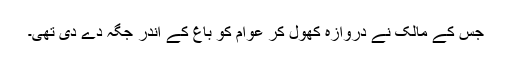
جس کے مالک نے دروازہ کھول کر عوام کو باغ کے اندر جگہ دے دی تھی۔